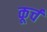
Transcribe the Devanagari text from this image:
कूर्च